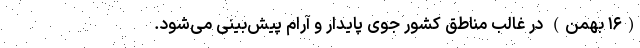
(۱۶ بهمن) در غالب مناطق کشور جوی ‌پایدار و آرام ‌پیش‌بینی می‌شود.